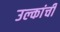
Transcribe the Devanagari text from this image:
उल्कांची